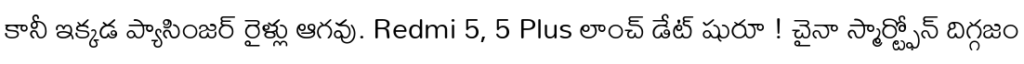
కానీ ఇక్కడ ప్యాసింజర్ రైళ్లు ఆగవు. Redmi 5, 5 Plus లాంచ్ డేట్ షురూ ! చైనా స్మార్ట్ఫోన్ దిగ్గజం